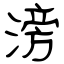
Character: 滂